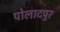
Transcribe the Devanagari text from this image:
पोलादपुर